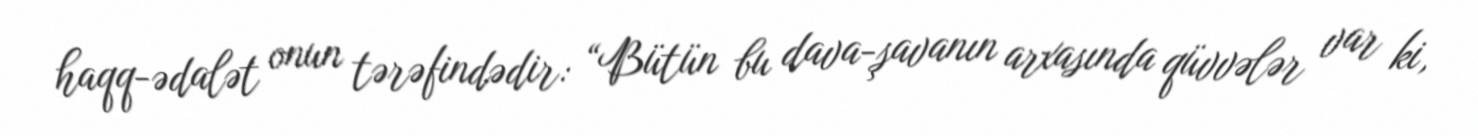
haqq-ədalət onun tərəfindədir: “Bütün bu dava-şavanın arxasında qüvvələr var ki,